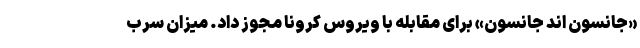
«جانسون اند جانسون» برای مقابله با ویروس کرونا مجوز داد. میزان سرب